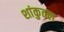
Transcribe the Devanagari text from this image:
शांकुतल